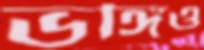
ভঙ্গিও